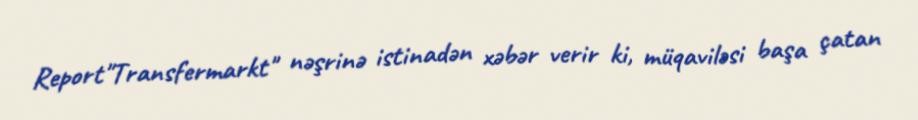
Report"Transfermarkt" nəşrinə istinadən xəbər verir ki, müqaviləsi başa çatan